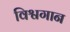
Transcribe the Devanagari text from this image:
विश्वगान